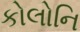
કોલોનિ